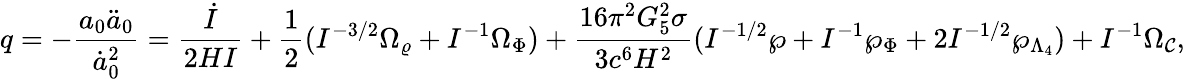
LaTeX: q=-{\frac{a_{0}\ddot{a}_{0}}{\dot{a}_{0}^{2}}}={\frac{\dot{I}}{2HI}}+{\frac{1}{2}}(I^{-3/2}\Omega_{\varrho}+I^{-1}\Omega_{\Phi})+{\frac{16\pi^{2}G_{5}^{2}\sigma}{3c^{6}H^{2}}}(I^{-1/2}\wp+I^{-1}\wp_{\Phi}+2I^{-1/2}\wp_{\Lambda_{4}})+I^{-1}\Omega_{\cal C},